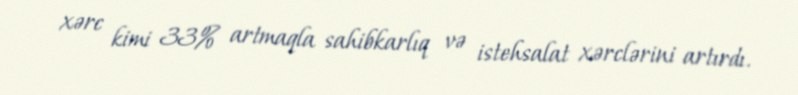
xərc kimi 33% artmaqla sahibkarlıq və istehsalat xərclərini artırdı.